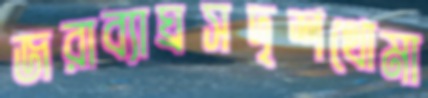
জরাব্যাঘ্রসদৃশথোমা